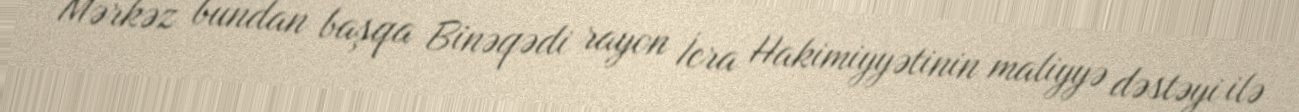
Mərkəz bundan başqa Binəqədi rayon İcra Hakimiyyətinin maliyyə dəstəyi ilə